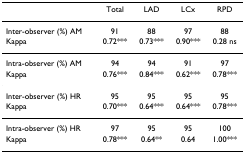
<table><thead><tr><td></td><td><b>Total</b></td><td><b>LAD</b></td><td><b>LCx</b></td><td><b>RPD</b></td></tr></thead><tbody><tr><td>Inter-observer (%) AM</td><td>91</td><td>88</td><td>97</td><td>88</td></tr><tr><td>Kappa</td><td>0.72***</td><td>0.73***</td><td>0.90***</td><td>0.28 ns</td></tr><tr><td>Intra-observer (%) AM</td><td>94</td><td>94</td><td>91</td><td>97</td></tr><tr><td>Kappa</td><td>0.76***</td><td>0.84***</td><td>0.62***</td><td>0.78***</td></tr><tr><td>Inter-observer (%) HR</td><td>95</td><td>95</td><td>95</td><td>95</td></tr><tr><td>Kappa</td><td>0.70***</td><td>0.64***</td><td>0.64***</td><td>0.78***</td></tr><tr><td>Intra-observer (%) HR</td><td>97</td><td>95</td><td>95</td><td>100</td></tr><tr><td>Kappa</td><td>0.78***</td><td>0.64**</td><td>0.64</td><td>1.00***</td></tr></tbody></table>